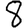
Digit: 8